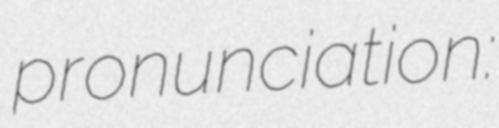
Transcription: pronunciation: